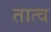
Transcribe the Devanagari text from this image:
तात्व